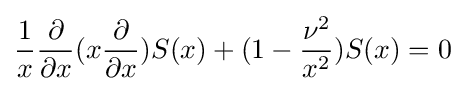
{\frac {1}{x}}{\frac {\partial }{\partial x}}(x{\frac {\partial }{\partial x}})S(x)+(1-{\frac {\nu ^{2}}{x^{2}}})S(x)=0